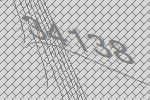
34138